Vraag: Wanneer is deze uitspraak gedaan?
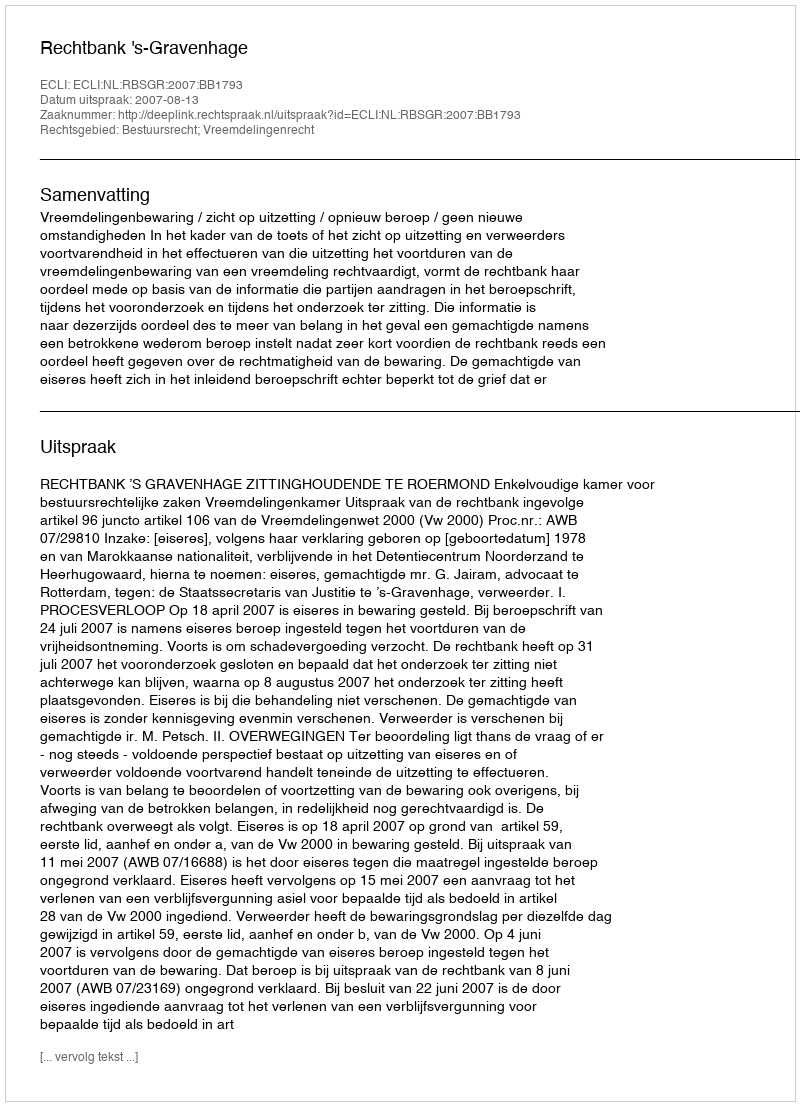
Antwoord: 2007-08-13